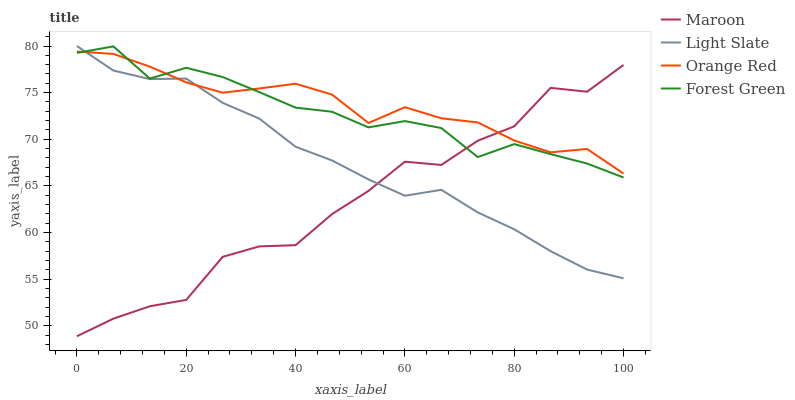
| xaxis_label | Maroon | Light Slate | Orange Red | Forest Green |
 | --- | --- | --- | --- | --- |
 | 0 | 48.9 | 80 | 79.4 | 79.3 |
 | 6.67 | 50.8 | 77.4 | 79.2 | 80 |
 | 13.3 | 52.1 | 76.5 | 77.8 | 76.5 |
 | 20 | 52.8 | 76.5 | 76.1 | 77.7 |
 | 26.7 | 57.4 | 73.9 | 75 | 76.7 |
 | 33.3 | 58.5 | 72.2 | 75.4 | 75.1 |
 | 40 | 58.6 | 69.2 | 76 | 73.4 |
 | 46.7 | 62 | 67.7 | 74.8 | 73 |
 | 53.3 | 64.5 | 65.7 | 71.7 | 71.3 |
 | 60 | 67.6 | 63.9 | 73.4 | 72 |
 | 66.7 | 67.2 | 64.6 | 72.3 | 71.2 |
 | 73.3 | 69.8 | 62.2 | 71.8 | 68.1 |
 | 80 | 71.4 | 60.3 | 69.9 | 69.5 |
 | 86.7 | 75.5 | 58 | 68.6 | 68.4 |
 | 93.3 | 75.1 | 56 | 69 | 67.4 |
 | 100 | 78 | 55.1 | 66.3 | 65.9 |